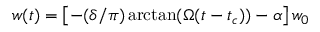
w ( t ) = \left[ - ( { \delta } / { \pi } ) \arctan ( \Omega ( t - t _ { c } ) ) - \alpha \right] w _ { 0 }